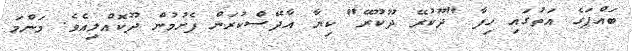
ބައްޕަގެ އަތުގައި ހިފާ "ދޫކުރޭ ދޫކޫރޭ" ކިޔާ އާދޭސްކުރަން ފެށުމުން ދޫކޮއްލިއެވެ. މަންމަ